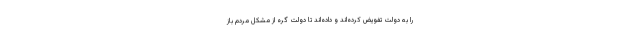
را به دولت تفویض کرده‌اند و داده‌اند تا دولت گره از مشکل مردم باز